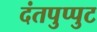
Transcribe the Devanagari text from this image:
दंतपुप्पुट